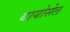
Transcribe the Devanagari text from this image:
बायोसेल